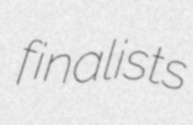
finalists